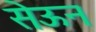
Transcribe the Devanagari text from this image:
सेऊन